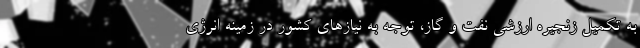
به تکمیل زنجیره ارزشی نفت و گاز، توجه به نیازهای کشور در زمینه انرژی